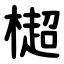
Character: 㯧